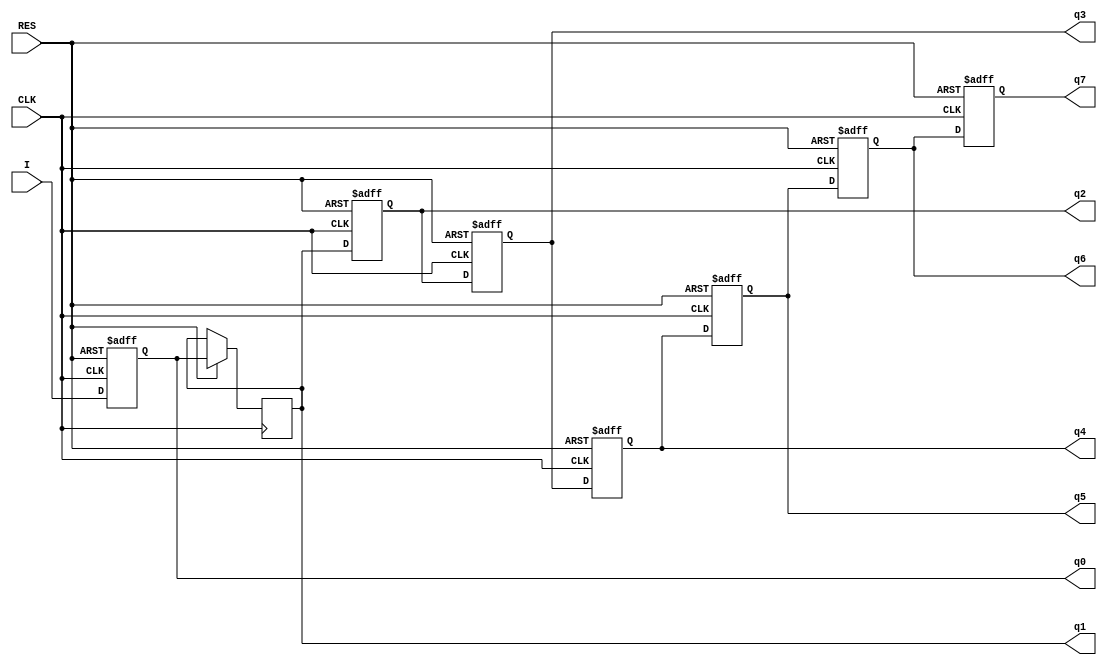
module lab4part6(CLK,I,RES,q0,q1,q2,q3,q4,q5,q6,q7);
	wire d0,d1,d2,d3,d4,d5,d6,d7;
	input CLK,I,RES;
	output reg q0,q1,q2,q3,q4,q5,q6,q7;
	
	assign d0 = I;
	assign d1 = q0;
	assign d2 = q1;
	assign d3 = q2;
	assign d4 = q3;
	assign d5 = q4;
	assign d6 = q5;
	assign d7 = q6;
	
	always@ (posedge CLK or negedge RES)
	begin 
	if (RES == 0)
		begin 
			q0 <= 0;
			q2 <= 0;
			q3 <= 0;
			q4 <= 0;
			q5 <= 0;
			q6 <= 0;
			q7 <= 0;
		end 
	else 
		begin
			q0 <= d0;
			q1 <= d1;
			q2 <= d2;
			q3 <= d3;
			q4 <= d4;
			q5 <= d5;
			q6 <= d6;
			q7 <= d7;
		end 			
    end 		
endmodule